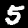
Label: 5